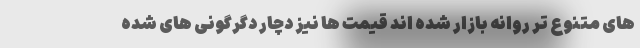
های متنوع تر روانه بازار شده اند قیمت ها نیز دچار دگرگونی های شده